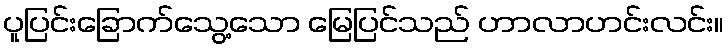
ပူပြင်းခြောက်သွေ့သော မြေပြင်သည် ဟာလာဟင်းလင်း။